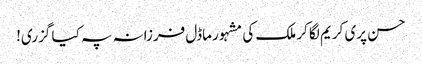
حسن پری کریم لگا کر ملک کی مشہور ماڈل فرزانہ پہ کیا گزری!